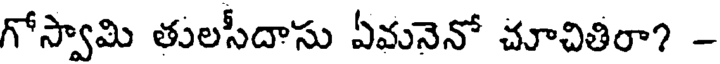
గోస్వామి తులసీదాసు ఏమనెనో చూచితిరా? -